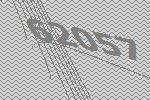
62057